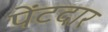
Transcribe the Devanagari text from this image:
पेंटदार